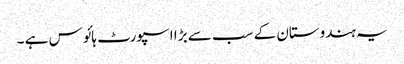
یہ ہندوستان کے سب سے بڑا اسپورٹ ہائوس ہے ۔